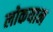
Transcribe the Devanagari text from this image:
लोकयान